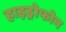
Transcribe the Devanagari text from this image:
हाइड्रोफोन